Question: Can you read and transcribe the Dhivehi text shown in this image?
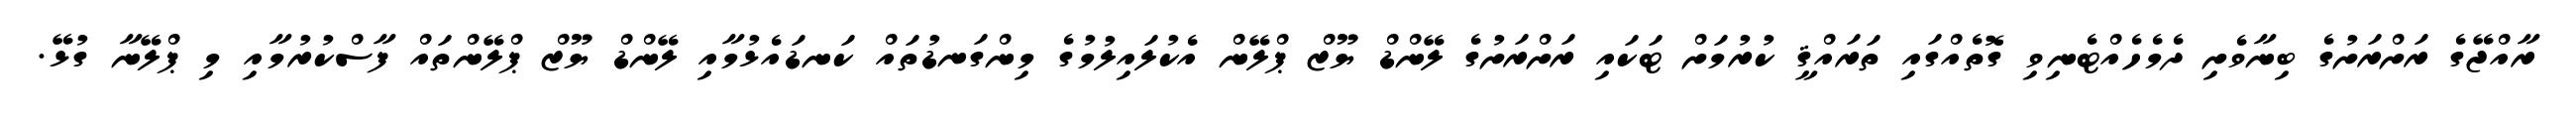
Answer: ރާއްޖޭގެ ރަށްރަށުގެ ބިނާވެށި ދެމެހެއްޓެނިވި ގޮތެއްގައި ތަރައްޤީ ކުރުމަށް ޓަކައި ރަށްރަށުގެ ލޭންޑް ޔޫޒް ޕްލޭން އެކުލައިލުމުގެ މިންގަނޑުތައް ކަނޑައެޅުމާއި ލޭންޑް ޔޫޒް ޕްލޭންތައް ފާސްކުރުމާއި މި ޕްލޭނާ ގުޅޭ.